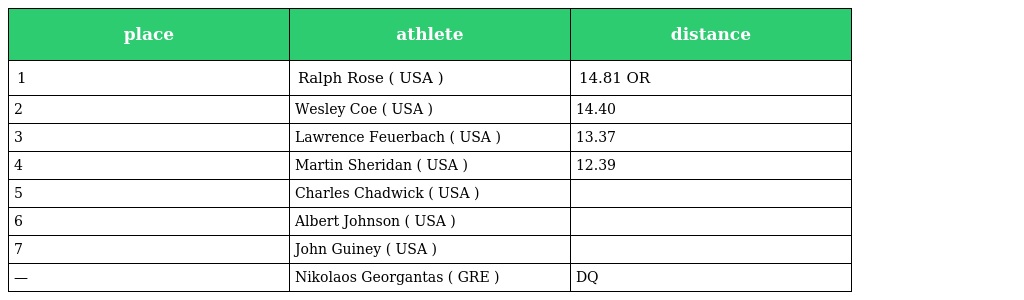
| place | athlete | distance |
 | --- | --- | --- |
 | 1 | Ralph Rose ( USA ) | 14.81 OR |
 | 2 | Wesley Coe ( USA ) | 14.40 |
 | 3 | Lawrence Feuerbach ( USA ) | 13.37 |
 | 4 | Martin Sheridan ( USA ) | 12.39 |
 | 5 | Charles Chadwick ( USA ) |  |
 | 6 | Albert Johnson ( USA ) |  |
 | 7 | John Guiney ( USA ) |  |
 | — | Nikolaos Georgantas ( GRE ) | DQ |